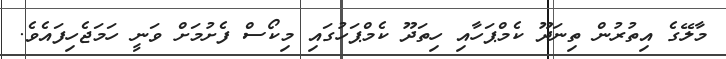
މާލޭގެ އިތުރުން ތިނަދޫ ކެމްޕަހާއި ހިތަދޫ ކެމްޕަހުގައި މިކޯސް ފެށުމަށް ވަނީ ހަމަޖެހިފައެވެ.